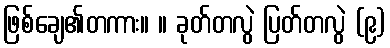
ဖြစ်ချေ၏တကား။ ။ ခုတ်တလွဲ ပြတ်တလွဲ (၉)